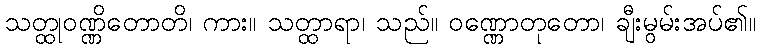
သတ္ထုဝဏ္ဏိတောတိ၊ ကား။ သတ္ထာရာ၊ သည်။ ဝဏ္ဏောတုတော၊ ချီးမွမ်းအပ်၏။